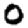
Digit: 0